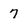
Character: 7